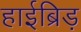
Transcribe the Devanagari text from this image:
हाईब्रिड़